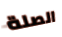
الصلة